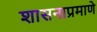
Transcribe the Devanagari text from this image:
शासनाप्रमाणे